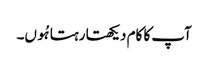
آپ کا کام دیکھتا رہتا ہُوں۔